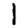
Digit: 1